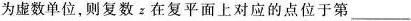
为虚数单位，则复数z在复平面上对应的点位于第___